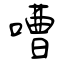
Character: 嘈